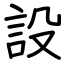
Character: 設